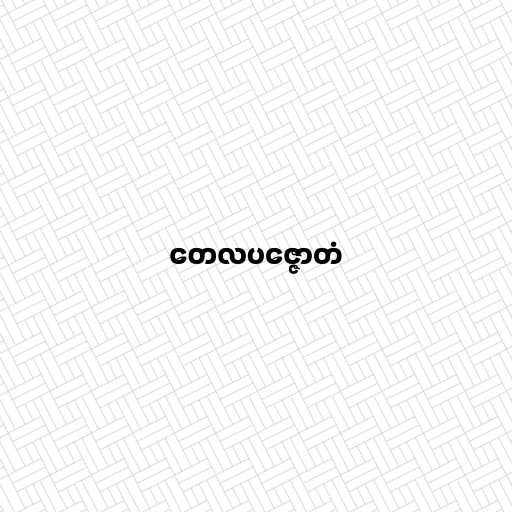
တေလပဇ္ဇောတံ